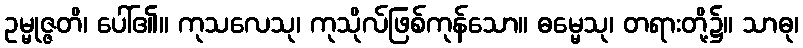
ဥမ္မုဇ္ဇတိ၊ ပေါ်၏။ ကုသလေသု၊ ကုသိုလ်ဖြစ်ကုန်သော။ ဓမ္မေသု၊ တရားတို့၌။ သာဓု၊